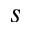
s